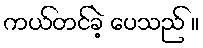
ကယ်တင်ခဲ့ ပေသည် ။